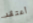
أعتقد